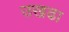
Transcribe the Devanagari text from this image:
उखढा